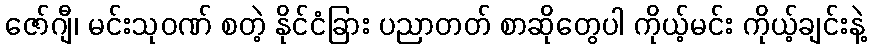
ဇော်ဂျီ၊ မင်းသုဝဏ် စတဲ့ နိုင်ငံခြား ပညာတတ် စာဆိုတွေပါ ကိုယ့်မင်း ကိုယ့်ချင်းနဲ့